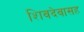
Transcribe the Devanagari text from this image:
शिवदेवासह